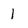
Character: 1